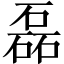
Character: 磊